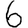
Digit: 6